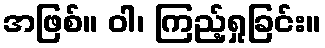
အဖြစ်။ ဝါ၊ ကြည့်ရှုခြင်း။